Vital statistics of India. Vol. IV, Annual returns from 1871 to 1876. British Army of India, Native Army and jails of Bengal
Year: 1871
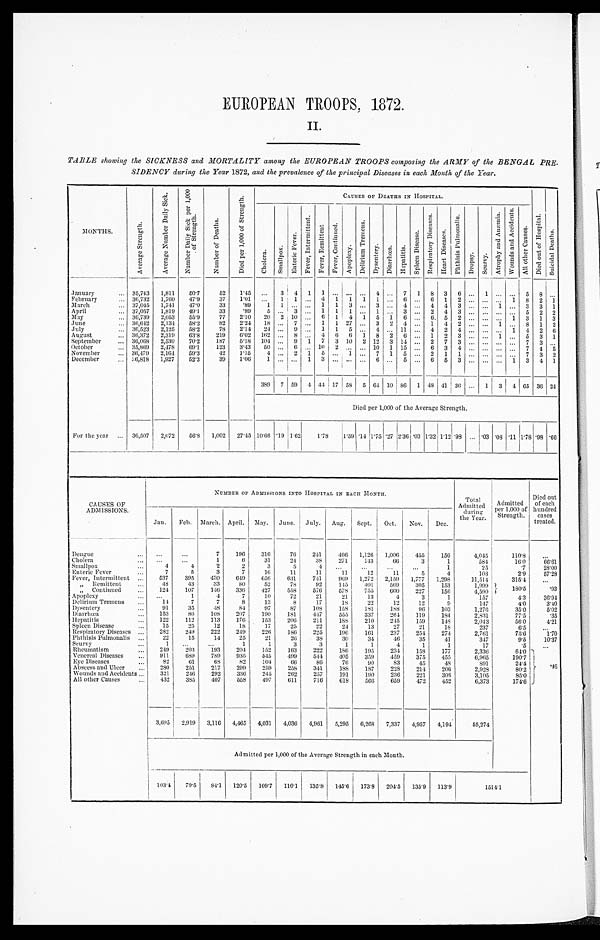
EUROPEAN TROOPS, 1872.
II.
TABLE showing the SICKNESS and MORTALITY among the EUROPEAN TROOPS composing the ARMY of the BENGAL PRE-
SIDENCY during the Year 1872, and the prevalence of the principal Diseases in each Month of the Year.
MONTHS.
A v e r a g e S t r e n g t h .
A v a r a g e N u m b e r D a i l y S i c k .
N u m b e r D a i l y S i c k p e r 1 , 0 0 0 o f S t r e n g t h .
N u m b e r o f D e a t h s .
N u m b e r 1 , 0 0 0 o f S t r e n g t h .
C A U S E S O F D E A T H S I N H O S P I T A L .
C h o l c r a . S m a l l p o x .
E n t e r i c F e v e r .
F e v e r , I n t e r m i t t e n t .
F e v e r , R e m i t t e n t. F e v e r , C o n t i n u e d .
A p o p l e x y .
D e l i r i u m T r e m e n s .
D y s e n t e r y . D i a r r h œ a . H e p a t i t i s .
S p l e e n D i s e a s e .
R e s p i r a t o r y D i s e a s e s .
H e a r t D i s e a s e . P h t h i s i s P u l m o n a l i s .
D r o p s y . S c u r v y .
A t r o p h y a n d A m æ m i a .
W o u n d s a n d A c c i d e n t s .
A l l o t h e r C a u s e s .
D i e d o u t o f H o s p i t a l .
S u i c i d a l D e a t h s .
January
... 35,743 1,811 50.7
52 1.45 ... 3 4 1 1 ... . . . ... 4 . . . 7 1 8 3 6 ... 1 ... . . . 5 8 . . .
February
. . . 36,732 1,760 47.9
37 1.01 ... 1 1 . . . 4 1 1 1 1 ... 6 ... 6 1 2 . . . . . .
... 1 8 2 1
March
... 37,045 1,741 47.0 33
. 8 9 1 1 ... ... 1 1 3 ... 3 ... 4 ... 4 4 3 ... ... 1 ... 3 3 1
April
... 37,057 1,819 49.1
33
. 8 9 5 ... 3 ... 1 1 1 . . . 1 ... 3 ... 2 4 3 ... ... ... . . . 5 2 2
May
... 36,739 2,053 55.9 77 2.10 20 2
1 0 . . . 6 1 4 1 5 1 6 ... 6. 5 2 ... ... ... 1 3 1 3
June
... 36,642 2,134 58.2 82 2.'24 18 ... 7 ... 1 1 27 . . . 3 2 4 ... 1 4 2 . . . . . . 1 . . . 8 1 2
July
. . . 36,523 2,125 58.2 78 2.14 24 ... 9 ... 1 1 5 ... 4 . . . 11 ... 4 2 4 ... ... ... 1 4 2 6
August
... 36,372 2,319 63.8 219 6.02 162 ... 8 . . . 4 6 6 1 8 2 6 ... 1 2 3 ...
1 ... 5 3 1
September
... 36,068 2,530 70.2 187 5.18 104 ... 9 1 7 3 10 2 12 3 14 ... 2 7 3 ... ... ... ... 7 3 . . .
October
. . . 35,869 2,478 69.1
123 3.43 50 ... 6 ... 10 2 ... ... 10 1 15 ... 6 3 4 ... ... ... ... 7 4 5
November
... 36,479 2,164 59.3 42 1.15 4 ... 2 1 5 ... 1 ... 7 1 5 ... 2 1 1 ... ... ... ... 7 3 2
December
... 36,818 1,927 52.3
39 1.06 1 ... ... 1 3 ... . . . . . . 6 ... 5 ... 6 5 3 ... ... ... 1 3 4 1
389 7 59 4 44 17 58 5 64 1 0 8 6 1 48 41 36 . . . 1 3 4 6 5 36 24
Died per 1,000 of the Average Strength.
For the year ... 36,507 2,072 56.8 1,002 27.45 10.66
. 1 9
1 . 6 2 1.78 1.59 .14 1.75 .27 2'36 .03 1.32 1.12.93 .... .03 .08 .11 1.78 .98 .66
CAUSES OF
ADMISSIONS.
NUMBER OF ADMISSIONS INTO HOSPITAL IN EACH MONTH.
Total
Admitted during
the Year.
Admitted
per 1,000 of
Strength.
Died out
of each
hundred cases
treated.
Jan. Feb. March. April. May. June. July. Aug. Sept. Oct. Nov. Dec.
Dengue
... ...
...
7 196 316
76 241 466 1,126
1 , 0 0 6
455 156
4,045
110.8
. . .
Cholera
...
. . .
. . .
1
6
31
24
38 271 143
66
3
1
584
16.0
66. 61
Smallpox
. . . 4
4
2
2
3
5
4
. . . ...
...
...
1
25
.7
28. 00
Enteric Fever
...
7
5
3
7
16
11
11
11
12
11
5
4
103
2.9
57. 28
Fever, Intermittent . . . 537 395 430 649 656 631 741 969 1,272 2,159 1,777 1,298
11,514
315.4
...
„
R e m i t t e n t
. . . 48
43
33
8 0
52
78
92 145 401 569 305 153
1,999
180.5
.93
„ Continued
. . . 124 107 146 336 427 558 576 578 755 600 227 156
4,590
Apoplexy
. . . . . .
1
4
7
10
72
21
21
13
4
3
1
157
4.3
36. 94
Delirium Tremens ...
14
7
7
8
13
8
17
18
22
12
12
9
147
4.0
3. 40
Dysentery
...
91
35
48
84
97
87 108 158 181 188
96 103
1,276
35.0
5. 02
Diarrhœa
... 153
86 108 207 190 381 447 555 337 264 119 184
2,811
77.5
.35
Hepati ti s
. . . 122 112 113 176 153 206 211 188 210 245 159 148
2,043
56.0
4. 21
Spleen Disease
...
15
25
12
18
17
25
22
24
13
27
21
18
237
6.5
. . .
Respiratory Diseases ... 282 249 222 249 226 180 225 196 161 237 254 274
2,761
75.6
1. 70
Phthisis Pulmonalis ...
22
15
14
25
21
26
38
30
34
4 6
35
41
347
9.5
10. 37
Scurvy
. . .
1
. . .
. . .
1
1
3
3
1
1
4
1
1
17
.5
. . .
Rheumatism ism
... 249 203 193 204 152 163 222 186 195 234 158 177
2,336
64.0
. 4 8
Venereal Diseases ... 911 689 789 935 545 499 544 405 359 459 375 455
6,965
1901
Eye Diseases
...
82
61
68
82 104
66
86
76
9 0 83
45
48
8 9 1
24.4
Abscess and Ulcer ... 280 251 217 299 259 258 341 188 187 228 214 206
2,923
80.2
Wounds and Accidents ... 321 246 292 336 245 262 257 191 190 236 221 308
3,105
85.0
All other Causes
... 432 385 407 558 497 611 716 618 566 659 472 452
6,373
1 7 4 . 6
3,695 2,919 3,116 4,465 4,031 4,036 4,961 5,295 6,268 7,337 4,957 4,194
55,274
Admitted per 1,000 of the Average Strength in each Month.
103.4 79.584.1 120.5 109.7 110.1 135.8 145.6 173.8 204.5 135.9 113.9
1 5 1 4 . 1